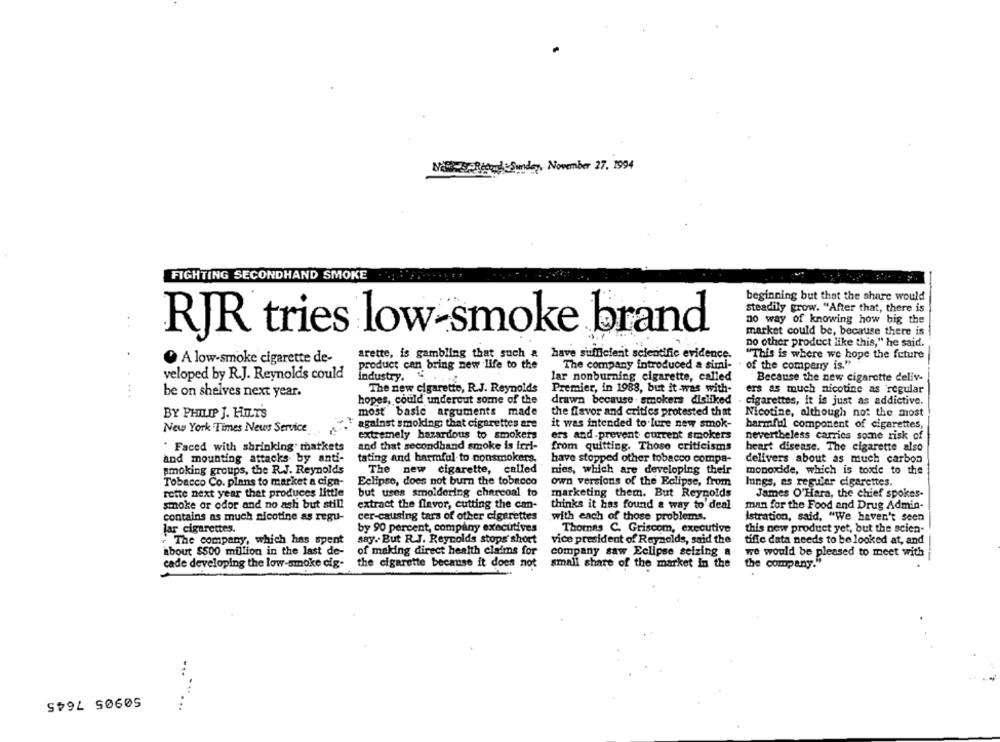
New Record &Sunday, November 27. 1994
FIGHTING SECONDHAND SMOKE ...
beginning but that the share would
steadily grow. "After that, there is
no way of knowing how big the
. .
RJR tries low-smoke brand
market could be, because there is
no other product like this," he said.
.
arette, is gambling that such a have sufficient scientific evidence.
"This is where we hope the future
A low-smoke cigarette de-
The company introduced a simi-
product can bring new life to the
of the company is."
veloped by R.J. Reynolds could
industry.
lar nonburning cigarette, called
Because the new cigarette deliv-
...
be on shelves next year.
The new cigarette, R.J. Reynolds
Premier, in 1988, but it -was with-
ers as much nicotine as regular
hopes, could undercut some of the
drawn because . smokers disliked
cigarettes, it is just as addictive.
BY PHILIP J. HELT'S
most basic arguments made
the flavor and critics protested that
Nicotine, although not the most
against smoking; that cigarettes are
it was intended to lure new smok-
New York Times News Service
harmful component of cigarettes,
extremely hazardous to smokers
ers and, prevent current smokers
nevertheless carries some risk of
and that secondhand smoke is ieri-
from quitting. Those criticisms
" Faced with shrinking' markets
heart disease. The cigarette also
and mounting attacks by anti-
tating and harmful to nonsmokers.
have stopped other tobacco compa-
delivers about as much carbon
smoking groups, the R.J. Reynolds
The new cigarette, called
nies, which are developing their
monoxide, which is toxic to the
Tobacco Co. plans to market a cign-
Eclipse, does not burn the tobacco
own versions of the Eclipse, from
lungs, as regular cigarettes.
rette next year that produces little
but uses smoldering charcoal to
marketing them. But Reynolds
James O'Hara, the chief spokes-
smoke or odor and no ash but still
extract the flavor, cutting the can-
thinks it has found a way to deal
man for the Food and Drug Admin-
contains as much nicotine as regu-
cer-causing tars of other cigarettes
with each of those problems.
Istration, said, "We haven't seen
lar cigarettes.
by 90 percent, company executives
Thomas C. Griscom, executive
this new product yet, but the scien-
The company, which has spent
say. But R.J. Reynolds stops short
vice president of Reynolds, said the
tific data needs to be looked at, and
of making direct health claims for
about $500 million in the last de-
company saw Eclipse seizing a
we would be pleased to meet with
cade developing the low-smoke cig-
the cigarette because it does not
small share of the market In the
the company."
50905 7645
-......
....